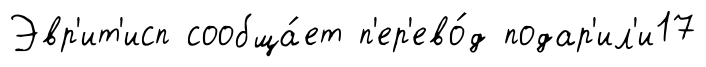
Эвр'ит'исп сообща́ет п'ер'ево́д подар'ил'и17